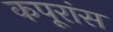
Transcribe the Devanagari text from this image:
कपूरांस